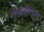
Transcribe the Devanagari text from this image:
रीऑट्रोपिज्म